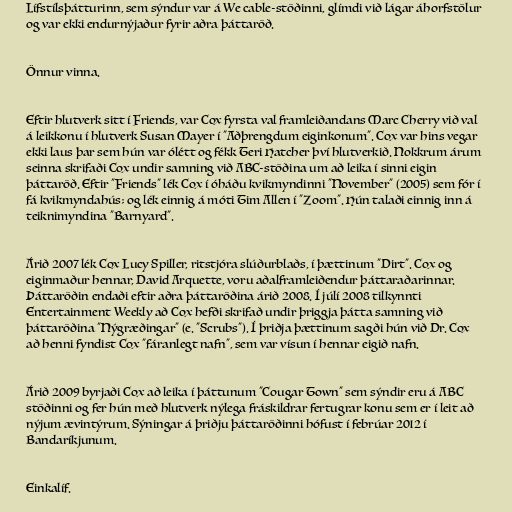
Lífstílsþátturinn, sem sýndur var á We cable-stöðinni, glímdi við lágar áhorfstölur
og var ekki endurnýjaður fyrir aðra þáttaröð.

Önnur vinna.

Eftir hlutverk sitt í Friends, var Cox fyrsta val framleiðandans Marc Cherry við val
á leikkonu í hlutverk Susan Mayer í "Aðþrengdum eiginkonum". Cox var hins vegar
ekki laus þar sem hún var ólétt og fékk Teri Hatcher því hlutverkið. Nokkrum árum
seinna skrifaði Cox undir samning við ABC-stöðina um að leika í sinni eigin
þáttaröð. Eftir "Friends" lék Cox í óháðu kvikmyndinni "November" (2005) sem fór í
fá kvikmyndahús; og lék einnig á móti Tim Allen í "Zoom". Hún talaði einnig inn á
teiknimyndina "Barnyard".

Árið 2007 lék Cox Lucy Spiller, ritstjóra slúðurblaðs, í þættinum "Dirt". Cox og
eiginmaður hennar, David Arquette, voru aðalframleiðendur þáttaraðarinnar.
Þáttaröðin endaði eftir aðra þáttaröðina árið 2008. Í júlí 2008 tilkynnti
Entertainment Weekly að Cox hefði skrifað undir þriggja þátta samning við
þáttaröðina "Nýgræðingar" (e. "Scrubs"). Í þriðja þættinum sagði hún við Dr. Cox
að henni fyndist Cox "fáranlegt nafn", sem var vísun í hennar eigið nafn.

Árið 2009 byrjaði Cox að leika í þáttunum "Cougar Town" sem sýndir eru á ABC
stöðinni og fer hún með hlutverk nýlega fráskildrar fertugrar konu sem er í leit að
nýjum ævintýrum. Sýningar á þriðju þáttaröðinni hófust í febrúar 2012 í
Bandaríkjunum.

Einkalíf.